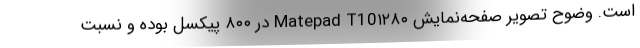
است. وضوح تصویر صفحه‌نمایش Matepad T10۱۲۸۰ در ۸۰۰ پیکسل بوده و نسبت